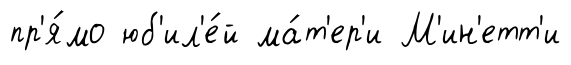
пр'я́мо юб'ил'е́й ма́т'ер'и М'ин'етт'и